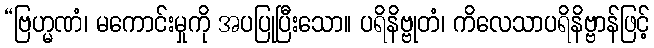
“ဗြဟ္မဏံ၊ မကောင်းမှုကို အပပြုပြီးသော။ ပရိနိဗ္ဗုတံ၊ ကိလေသာပရိနိဗ္ဗာန်ဖြင့်